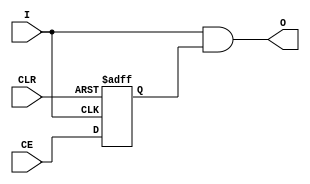
// This program was cloned from: https://github.com/fredrequin/verilator_xilinx
// License: BSD 2-Clause "Simplified" License

`ifdef verilator3
`else
`timescale 1 ps / 1 ps
`endif
//
// BUFGCE_DIV primitive for Xilinx FPGAs
// Compatible with Verilator tool (www.veripool.org)
// Copyright (c) 2019-2022 Frdric REQUIN
// License : BSD
//

/* verilator lint_off WIDTH */
/* verilator lint_off SYNCASYNCNET */
/* verilator coverage_off */
module BUFGCE_DIV
#(
    parameter integer BUFGCE_DIVIDE   = 1,
    parameter         CE_TYPE         = "SYNC",
    parameter         HARDSYNC_CLR    = "FALSE",
    parameter   [0:0] IS_CE_INVERTED  = 1'b0,
    parameter   [0:0] IS_CLR_INVERTED = 1'b0,
    parameter   [0:0] IS_I_INVERTED   = 1'b0
)
(
    input      I,
    input      CE,
    input      CLR,
    output reg O /* verilator clocker */
);

    wire       w_CLK = I ^ IS_I_INVERTED;
    wire       w_CE;
    wire       w_CLR;
    wire [2:0] w_DIV = BUFGCE_DIVIDE[2:0] - 3'd1;

    reg  [2:0] r_CE_cdc;
    reg  [2:0] r_CLR_cdc;
    reg  [2:0] r_clk_div;
  
    initial begin
        r_CE_cdc  = 3'b000;
        r_CLR_cdc = 3'b000;
        r_clk_div = 3'd0;
    end

    always @(negedge w_CLK) begin
    
        if (HARDSYNC_CLR == "FALSE") begin
            r_CLR_cdc <= 3'b0;
        end
        else begin
            r_CLR_cdc <= {r_CLR_cdc[1:0], CLR ^ IS_CLR_INVERTED };
        end
    end

    assign w_CLR = (HARDSYNC_CLR == "FALSE") ? CLR ^ IS_CLR_INVERTED
                 : (HARDSYNC_CLR == "TRUE") ? r_CLR_cdc[2]
                 : 1'b0;

    always @(posedge w_CLR or negedge w_CLK) begin
    
        if (w_CLR) begin
            r_CE_cdc <= 3'b000;
        end
        else begin
            r_CE_cdc <= { r_CE_cdc[1:0], CE ^ IS_CE_INVERTED };
        end
    end

    assign w_CE = (CE_TYPE == "SYNC") ? r_CE_cdc[0]
                : (CE_TYPE == "HARDSYNC") ? r_CE_cdc[2]
                : 1'b0;

    always @(posedge I) begin
    
        if (w_CLR) begin
            r_clk_div <= (w_DIV[2:1] == 2'b10) ? 3'd1 : 3'd0;
        end
        else if (w_CE | O) begin
            if (w_DIV[2:1] == 2'b10) begin
                r_clk_div <= (r_clk_div == (w_DIV + 3'd1)) ? 3'd1 : r_clk_div + 3'd1;
            end
            else begin
                r_clk_div <= (r_clk_div == w_DIV) ? 3'd0 : r_clk_div + 3'd1;
            end
        end
    end
    
    always @(*) begin
    
        casez (w_DIV)
            3'b000 : O = I & w_CE;
            3'b001 : O = r_clk_div[0];
            3'b01? : O = r_clk_div[1];
            3'b1?? : O = r_clk_div[2];
        endcase
    end

endmodule
/* verilator lint_on WIDTH */
/* verilator lint_on SYNCASYNCNET */
/* verilator coverage_off */